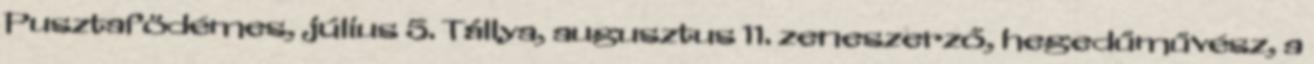
Pusztafödémes, július 5. Tállya, augusztus 11. zeneszerző, hegedűművész, a